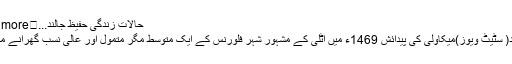
حالات زندگی حفیظ جالند...	Read more
اسلام آباد( سٹیٹ ویوز)میکاولی کی پیدائش 1469ء میں اٹلی کے مشہور شہر فلورنس کے ایک متوسط مگر متمول اور عالی نسب گھرانے میں ہوئی۔